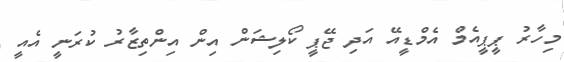
މިހާރު ޕީޕީއެމް އެމްޑީއޭ އަދި ޖޭޕީ ކޯލިޝަން އިން އިންތިޒާރު ކުރަނީ އެއީ